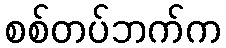
စစ်တပ်ဘက်က